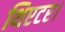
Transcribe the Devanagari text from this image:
थिएटर।